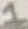
Text: 1